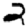
Digit: 2